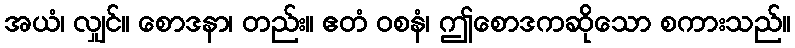
အယံ၊ လျှင်။ စောဒနာ၊ တည်း။ ဧတံ ဝစနံ၊ ဤစောဒကဆိုသော စကားသည်။